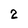
Character: 2